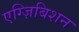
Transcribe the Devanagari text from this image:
एग्ज़िबिशन